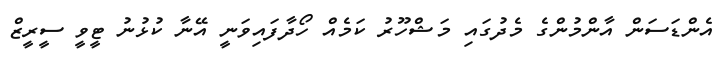
އެންޑަސަން އާންމުންގެ މެދުގައި މަޝްހޫރު ކަމެއް ހޯދާފައިވަނީ އޭނާ ކުޅުނު ޓީވީ ސީރީޒް